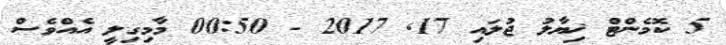
5 ކޮމެންޓް ޚިޔާލު ޖުލައި 17